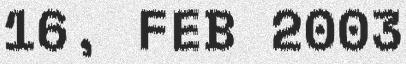
16, FEB 2003